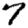
Digit: 7